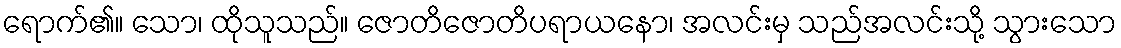
ရောက်၏။ သော၊ ထိုသူသည်။ ဇောတိဇောတိပရာယနော၊ အလင်းမှ သည်အလင်းသို့ သွားသော